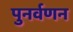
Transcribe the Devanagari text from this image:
पुनर्वणन